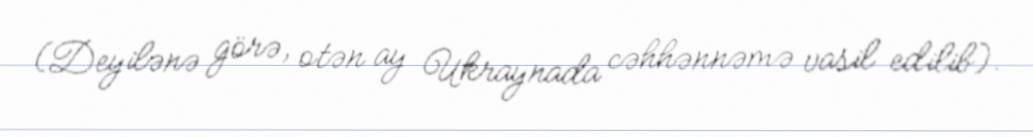
(Deyilənə görə, otən ay Ukraynada cəhhənnəmə vasil edilib).